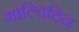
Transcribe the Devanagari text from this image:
माल्विदिन